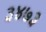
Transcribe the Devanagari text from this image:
३४७३